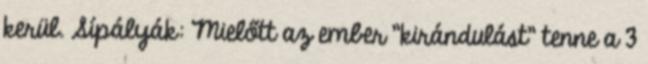
kerül. Sípályák: Mielőtt az ember "kirándulást" tenne a 3